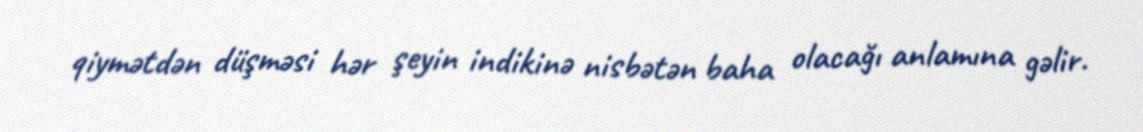
qiymətdən düşməsi hər şeyin indikinə nisbətən baha olacağı anlamına gəlir.